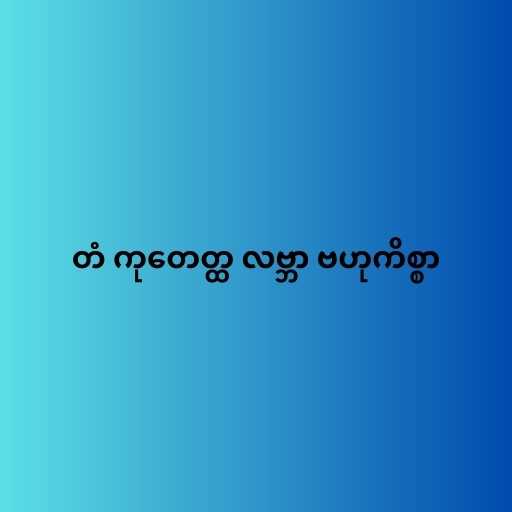
တံ ကုတေတ္ထ လဗ္ဘာ ဗဟုကိစ္စာ